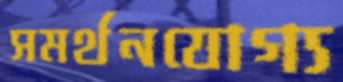
সমর্থনযোগ্য